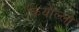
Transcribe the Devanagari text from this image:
क्रियोल्लो